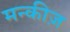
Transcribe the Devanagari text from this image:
मन्कीज़